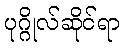
ပုဂ္ဂိုလ်ဆိုင်ရာ